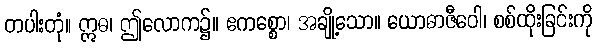
တပါးတုံ။ ဣဓ၊ ဤလောက၌။ ဧကစ္စော၊ အချို့သော။ ယောဓာဇီဝေါ၊ စစ်ထိုးခြင်းကို